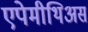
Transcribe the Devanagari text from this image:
एपेमीथिअस